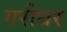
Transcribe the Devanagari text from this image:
गरीधर